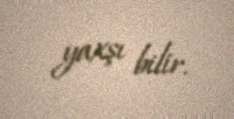
yaxşı bilir.